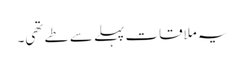
یہ ملاقات پہلے سے طے تھی۔